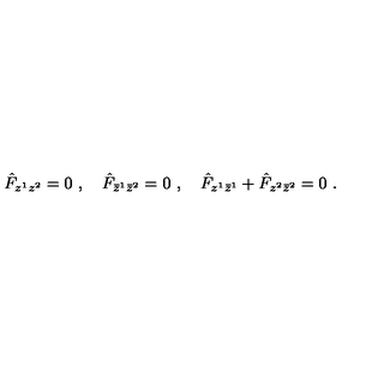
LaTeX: \hat { { F } } _ { z ^ { 1 } z ^ { 2 } } = 0 \ , \quad \hat { { F } } _ { \bar { z } ^ { 1 } \bar { z } ^ { 2 } } = 0 \ , \quad \hat { { F } } _ { z ^ { 1 } \bar { z } ^ { 1 } } + \hat { { F } } _ { z ^ { 2 } \bar { z } ^ { 2 } } = 0 \ .